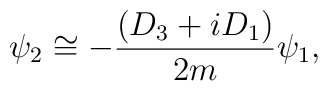
\psi _{2}\cong -\frac{(D_{3}+iD_{1})}{2m}\psi _{1},